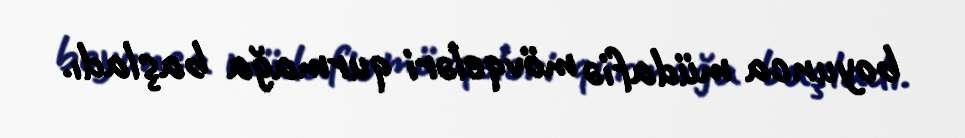
boyunca müdafiə mövqeləri qurmağa başladı.